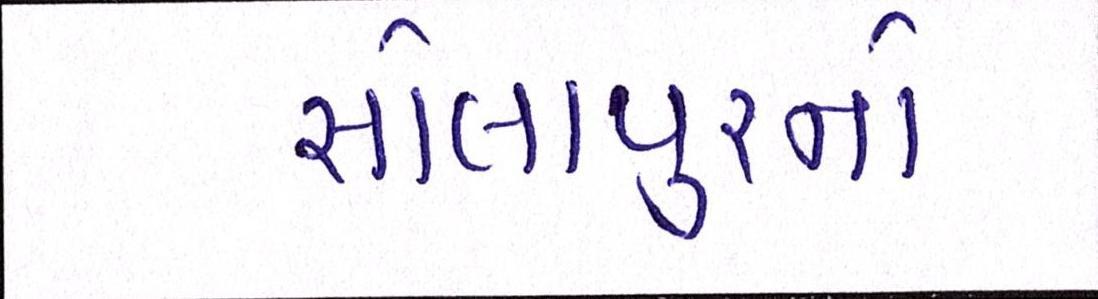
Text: સોલાપુરનો